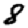
Digit: 8